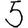
Digit: 5